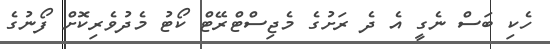
ހެކި ބަސް ނެގީ އެ ދެ ރަށުގެ މެޖިސްޓްރޭޓް ކޯޓު މެދުވެރިކޮށް ފޯނުގެ